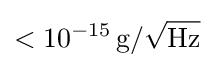
<10^{-15}\,{\rm {g/{\sqrt {Hz}}}}